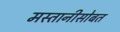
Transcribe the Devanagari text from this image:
मस्तानीसोबत